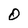
Character: 0